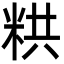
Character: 粠